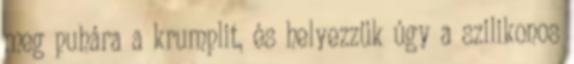
meg puhára a krumplit, és helyezzük úgy a szilikonos